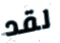
لقد